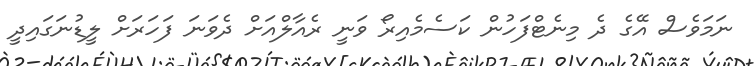
ނަމަވެސް އޭގެ ދެ މިނެޓްފަހުން ކަސެމެއިރޯ ވަނީ ރެއާލްއަށް ދެވަނަ ފަހަރަށް ލީޑުނަގައިދީ